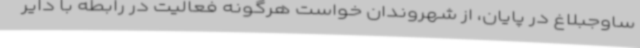
ساوجبلاغ در پایان، از شهروندان خواست هرگونه فعالیت در رابطه با دایر